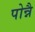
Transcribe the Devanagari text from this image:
पोन्नै